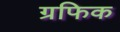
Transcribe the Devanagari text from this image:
ग्रफिक